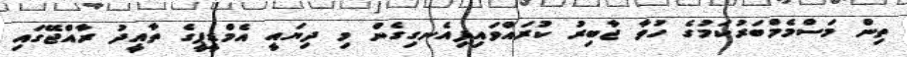
ތިން މަސްމެމްބަރުކަމުގެ ހުވާ ޖާބިރު ކުރައްވައިފިއެނގިގެން މި ދިޔައީ އެމްޑީޕީގެ ތާއީދު ރާއްޖޭގައި